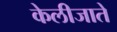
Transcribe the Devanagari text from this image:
केलीजाते